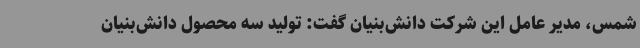
شمس، مدیر عامل این شرکت دانش‌بنیان گفت: تولید سه محصول دانش‌بنیان